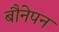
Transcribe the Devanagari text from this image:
बौनेपन